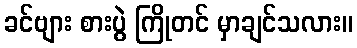
ခင်ဗျား စားပွဲ ကြိုတင် မှာချင်သလား။